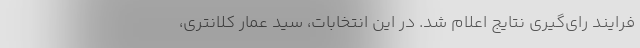
فرایند رای‌گیری نتایج اعلام شد. در این انتخابات، سید عمار کلانتری،